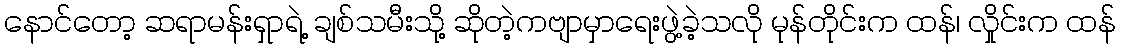
နောင်တော့ ဆရာမန်းရှာရဲ့ ချစ်သမီးသို့ ဆိုတဲ့ကဗျာမှာရေးဖွဲ့ခဲ့သလို မုန်တိုင်းက ထန်၊ လှိုင်းက ထန်